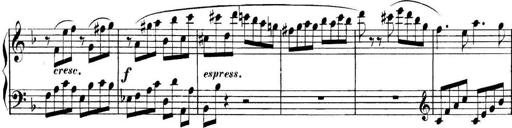
Title: Collected Piano Sonatas
Composer: Muzio Clementi